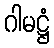
ဂါမဋ္ဌံ